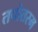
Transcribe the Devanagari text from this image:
तपोतरम